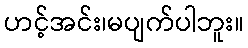
ဟင့်အင်း၊မပျက်ပါဘူး။